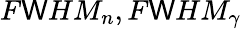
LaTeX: F\mathsf{W}HM_{n},F\mathsf{W}HM_{\gamma}